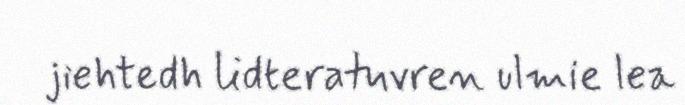
jiehtedh lidteratuvren ulmie lea